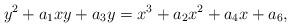
LaTeX: \begin{align*}y^2+a_1xy+a_3y=x^3+a_2x^2+a_4x+a_6,\end{align*}